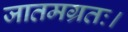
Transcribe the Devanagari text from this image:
जातमग्रतः।